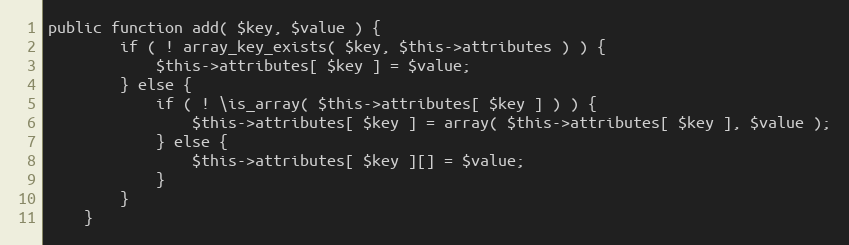
Language: PHP
public function add( $key, $value ) {
		if ( ! array_key_exists( $key, $this->attributes ) ) {
			$this->attributes[ $key ] = $value;
		} else {
			if ( ! \is_array( $this->attributes[ $key ] ) ) {
				$this->attributes[ $key ] = array( $this->attributes[ $key ], $value );
			} else {
				$this->attributes[ $key ][] = $value;
			}
		}
	}